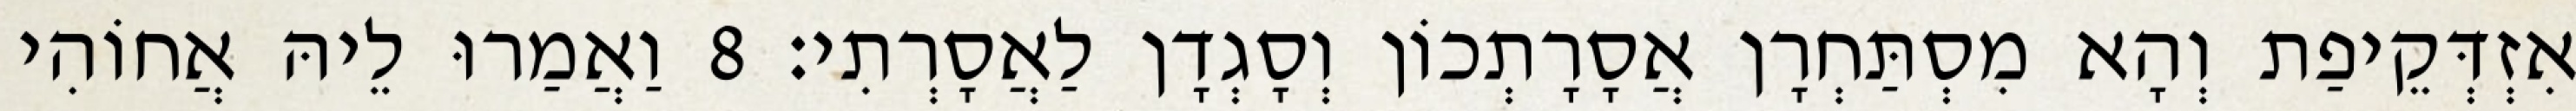
אִזְדְּקֵיפַת וְהָא מִסְתַּחְרָן אֲסָרָתְכוֹן וְסָגְדָן לַאֲסָרְתִי׃ 8 וַאֲמַרוּ לֵיהּ אֲחוֹהִי